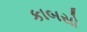
કાબસો